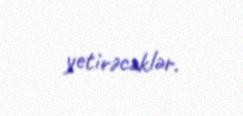
yetirəcəklər.